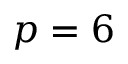
p = 6